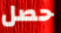
حصل